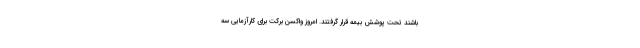
باشند تحت پوشش بیمه قرار گرفتند. امروز واکسن برکت برای کارآزمایی سه